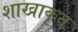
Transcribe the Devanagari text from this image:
शाखाकृत